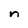
Character: n